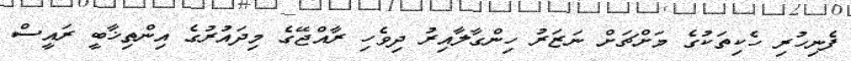
ފެނިހުރި ހެކިތަކުގެ މަށްޗަށް ނަޒަރު ހިންގާލާއިރު ދިވެހި ރާއްޖޭގެ މިދައުރުގެ އިންތިޚާބީ ރައީސް